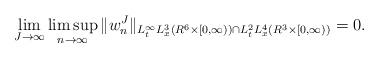
\begin{align*}\lim_{J\to\infty}\limsup_{n\to\infty}\|w^J_{n}\|_{L^{\infty}_tL^3_x(R^6\times[0,\infty))\cap L^2_tL^4_x(R^3\times [0,\infty))}=0.\end{align*}